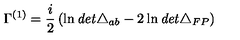
\Gamma ^ { ( 1 ) } = \frac { i } { 2 } \left( \ln { \it d e t } \triangle _ { a b } - 2 \ln { \it d e t } \triangle _ { F P } \right)